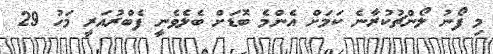
މި ފޯނު ލޯންޗުކުރާނެ ކަމަށް އެންމެ ބޮޑަށް ބެލެވެނީ ފެބްރުއަރީ މަހު 29